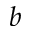
b